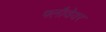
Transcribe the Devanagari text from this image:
फ्लौवेयर